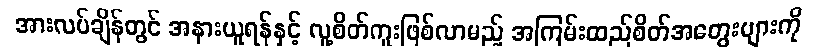
အားလပ်ချိန်တွင် အနားယူရန်နှင့် လူ့စိတ်ကူးဖြစ်လာမည့် အကြမ်းထည်စိတ်အတွေးများကို